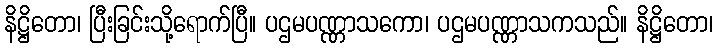
နိဋ္ဌိတော၊ ပြီးခြင်းသို့ရောက်ပြီ။ ပဌမပဏ္ဏာသကော၊ ပဌမပဏ္ဏာသကသည်။ နိဋ္ဌိတော၊